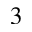
^ 3